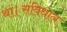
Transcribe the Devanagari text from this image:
था।संविधान